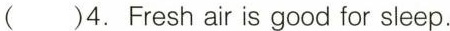
( )4. Fresh air is good for sleep.